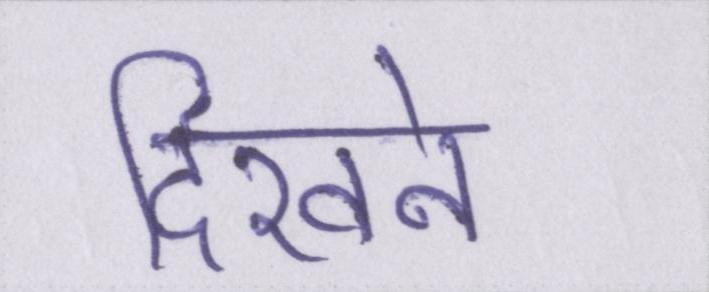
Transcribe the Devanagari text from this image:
दिखने